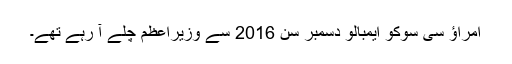
امراؤ سی سوکو ایمبالو دسمبر سن 2016 سے وزیراعظم چلے آ رہے تھے۔